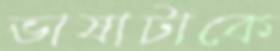
ভাষাটাকে